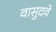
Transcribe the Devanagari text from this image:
वासुदवे